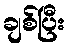
ချစ်ပြီး